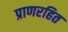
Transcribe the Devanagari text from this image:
प्राणरहित